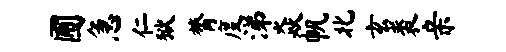
圃急仁狱膂度涕焱帆北玄裘亲